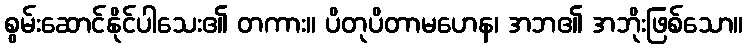
စွမ်းဆောင်နိုင်ပါသေး၏ တကား။ ပိတုပိတာမဟေန၊ အဘ၏ အဘိုးဖြစ်သော။